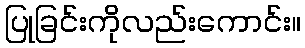
ပြုခြင်းကိုလည်းကောင်း။